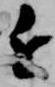
近